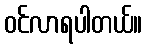
ဝင်လာရပါတယ်။